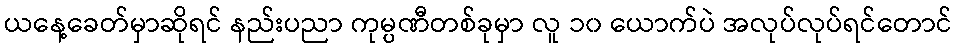
ယနေ့ခေတ်မှာဆိုရင် နည်းပညာ ကုမ္ပဏီတစ်ခုမှာ လူ ၁၀ ယောက်ပဲ အလုပ်လုပ်ရင်တောင်